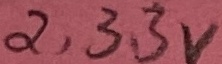
Text: 2,33V